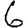
Digit: 6